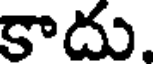
కాదు.